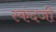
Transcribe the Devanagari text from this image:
स्कंदजी